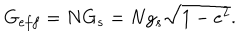
LaTeX: G _ { e f f } = N G _ { s } = N g _ { s } \sqrt { 1 - e ^ { 2 } } .